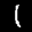
Label: 1